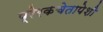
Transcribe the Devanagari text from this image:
प्रेरकचेतापेशी